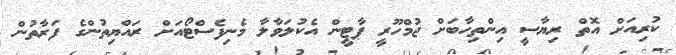
ކުރިއަށް އޮތް ރިޔާސީ އިންތިހާބަށް ޖުމްހޫރީ ޕާޓީން އެކުލަވާލާ މެނިފެސްޓޯއަށް ރައްޔިތުންގެ ފަރާތުން